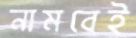
নামবেই